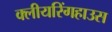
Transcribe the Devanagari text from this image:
क्लीयरिंगहाउस